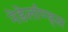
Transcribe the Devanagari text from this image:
नेडेर्लाण्ड्स